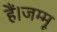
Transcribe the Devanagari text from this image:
हैं।जम्मू